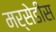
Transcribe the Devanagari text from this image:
मर्सेडीस